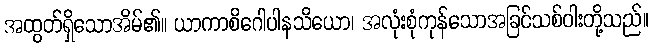
အထွတ်ရှိသောအိမ်၏။ ယာကာစိဂေါပါနသိယော၊ အလုံးစုံကုန်သောအခြင်သစ်ဝါးတို့သည်။